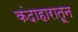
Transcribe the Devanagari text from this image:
कंदाहारातून